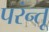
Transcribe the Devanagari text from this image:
परंन्तू